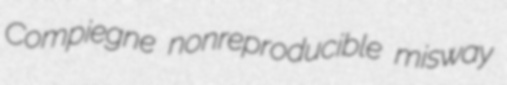
Compiegne nonreproducible misway